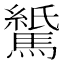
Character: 𫘖